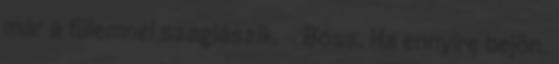
már a fülemnél szaglászik. - Boss. Ha ennyire bejön,